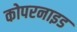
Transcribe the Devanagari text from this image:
कोपरनाइड